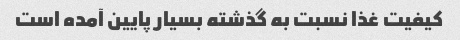
کیفیت غذا نسبت به گذشته بسیار پایین آمده است